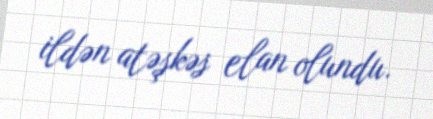
ildən atəşkəs elan olundu.